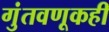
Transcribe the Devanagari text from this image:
गुंतवणूकही